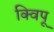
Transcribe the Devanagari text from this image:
क्विपू